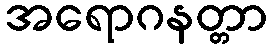
အရောဂနတ္တာ